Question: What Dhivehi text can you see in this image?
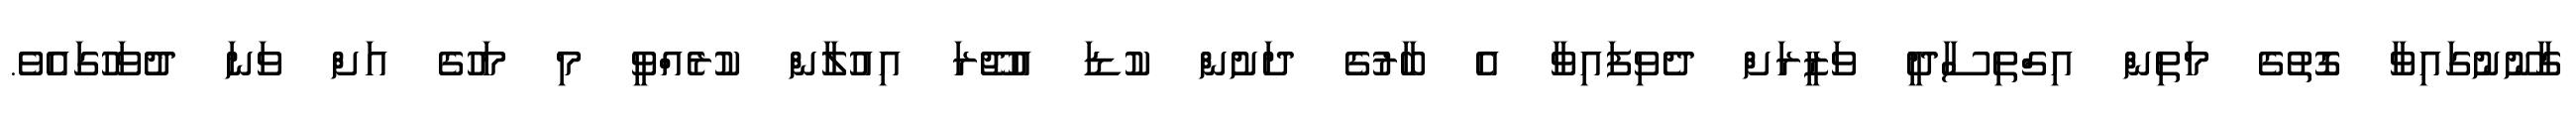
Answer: ގާނޫނުގައިވާ ގޮތުގެ މަތިން އިގްތިސާދީ ވަޒީރަށް ދެވިފައިވާ އެ ބާރުގެ ދަށުން ކުޑަ އުޖޫރަ އިއުލާން ކުރެއްވީ މި މަހުގެ އަށް ވަނަ ދުވަހުގައެވެ.